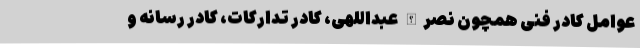
عوامل کادر فنی همچون نصرالله عبداللهی، کادر تدارکات، کادر رسانه و